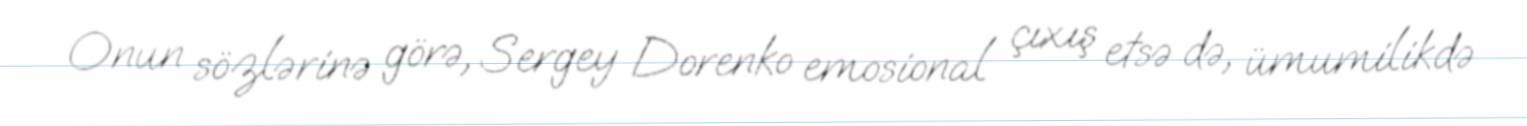
Onun sözlərinə görə, Sergey Dorenko emosional çıxış etsə də, ümumilikdə